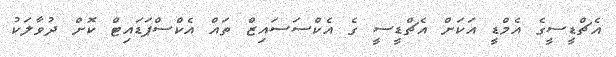
އެޗްޑީސީގެ އެމްޑީ އަކަށް އެޗްޑީސީ ގެ އެކްސަސައިޒް ތައް އެކްސްޕަޑައިޓް ކޮށް ދުވާލަކު